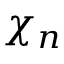
\chi _ { n }